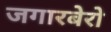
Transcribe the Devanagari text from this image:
जगारबेरो